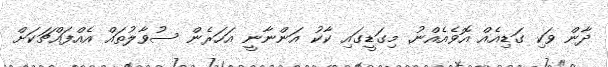
ދާން ވަކި ގަޑިއެއް އޮވެއެއްނު